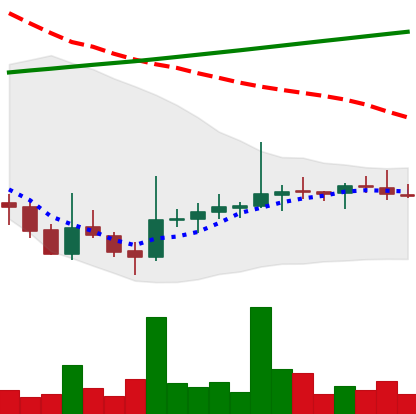
Ticker: DOGE-USD
Chart end date: 2021-08-02
Forward return: 27.869%
Label: up_7plus